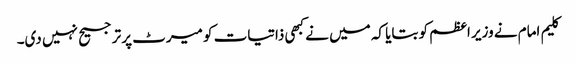
کلیم امام نے وزیر اعظم کو بتایا کہ میں نے کبھی ذاتیات کو میرٹ پر ترجیح نہیں دی۔